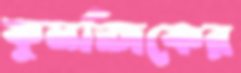
কুনজিকের